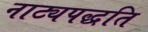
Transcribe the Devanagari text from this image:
नाट्यपद्धति